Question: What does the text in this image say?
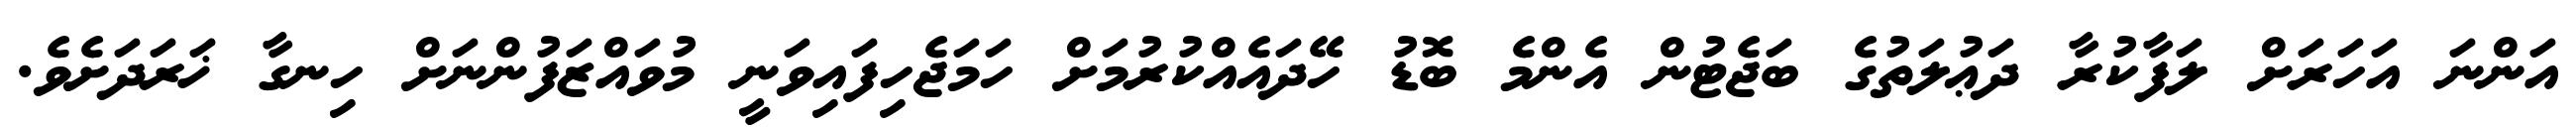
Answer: އަންނަ އަހަރަށް ލަފާކުރާ ދަޢުލަތުގެ ބަޖެޓުން އެންމެ ބޮޑު ހޭދައެއްކުރުމަށް ހަމަޖެހިފައިވަނީ މުވައްޒަފުންނަށް ހިނގާ ޚަރަދަށެވެ.